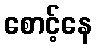
စောင့်နေ